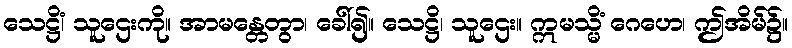
သေဋ္ဌိံ၊ သူဌေးကို။ အာမန္တေတွာ၊ ခေါ်၍။ သေဋ္ဌိ၊ သူဌေး။ ဣမသ္မိံ ဂေဟေ၊ ဤအိမ်၌။